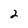
Character: 2